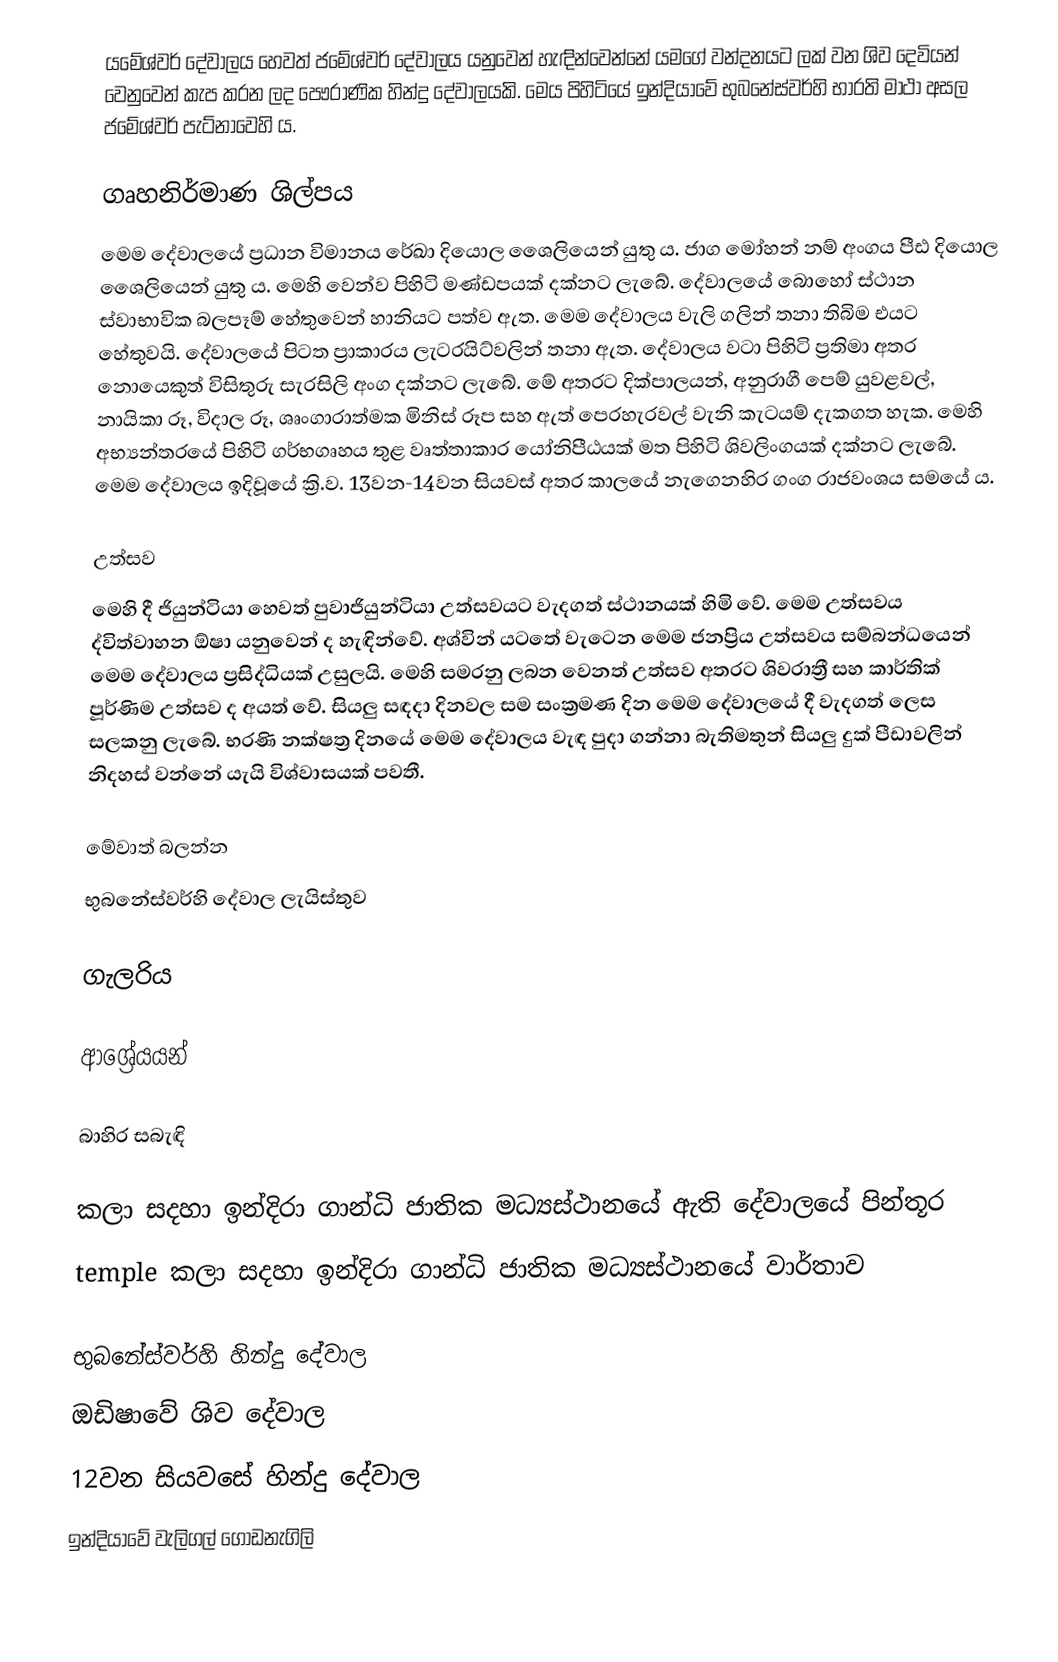
යමේශ්වර් දේවාලය හෙවත් ජමේශ්වර් දේවාලය යනුවෙන් හැඳින්වෙන්නේ යමගේ වන්දනයට ලක් වන ශිව දෙවියන් වෙනුවෙන් කැප කරන ලද පෞරාණික හින්දු දේවාලයකි.  මෙය පිහිටියේ ඉන්දියාවේ භුබනේස්වර්හි භාරති මාථා අසල ජමේශ්වර් පැට්නාවෙහි ය.

ගෘහනිර්මාණ ශිල්පය
මෙම දේවාලයේ ප්‍රධාන විමානය රේඛා දියොල ශෛලියෙන් යුතු ය. ජාග මෝහන් නම් අංගය පීඪ දියොල ශෛලියෙන් යුතු ය. මෙහි වෙන්ව පිහිටි මණ්ඩපයක් දක්නට ලැබේ. දේවාලයේ බොහෝ ස්ථාන ස්වාභාවික බලපෑම් හේතුවෙන් හානියට පත්ව ඇත. මෙම දේවාලය වැලි ගලින් තනා තිබිම එයට හේතුවයි. දේවාලයේ පිටත ප්‍රාකාරය ලැටරයිට්වලින් තනා ඇත. දේවාලය වටා පිහිටි ප්‍රතිමා අතර නොයෙකුත් විසිතුරු සැරසිලි අංග දක්නට ලැබේ. මේ අතරට දික්පාලයන්, අනුරාගී පෙම් යුවළවල්, නායිකා රූ, විදාල රූ, ශෘංගාරාත්මක මිනිස් රූප සහ ඇත් පෙරහැරවල් වැනි කැටයම් දැකගත හැක. මෙහි අභ්‍යන්තරයේ පිහිටි ගර්භගෘහය තුළ වෘත්තාකාර යෝනිපීඨයක් මත පිහිටි ශිවලිංගයක් දක්නට ලැබේ. මෙම දේවාලය ඉදිවූයේ ක්‍රි.ව. 13වන-14වන සියවස් අතර කාලයේ නැගෙනහිර ගංග රාජවංශය සමයේ ය.

උත්සව
මෙහි දී ජියුන්ටියා හෙවත් පුවාජියුන්ටියා උත්සවයට වැදගත් ස්ථානයක් හිමි වේ. මෙම උත්සවය ද්විත්වාහන ඕෂා යනුවෙන් ද හැඳින්වේ. අශ්වින් යටතේ වැටෙන මෙම ජනප්‍රිය උත්සවය සම්බන්ධයෙන් මෙම දේවාලය ප්‍රසිද්ධියක් උසුලයි. මෙහි සමරනු ලබන වෙනත් උත්සව අතරට ශිවරාත්‍රී සහ කාර්තික් පූර්ණිම උත්සව ද අයත් වේ. සියලු සඳදා දිනවල සම සංක්‍රමණ දින මෙම දේවාලයේ දී වැදගත් ලෙස සලකනු ලැබේ. භරණි නක්ෂත්‍ර දිනයේ මෙම දේවාලය වැඳ පුදා ගන්නා බැතිමතුන් සියලු දුක් පීඩාවලින් නිදහස් වන්නේ යැයි විශ්වාසයක් පවතී.

මේවාත් බලන්න
 භුබනේස්වර්හි දේවාල ලැයිස්තුව

ගැලරිය

ආශ්‍රේයයන්

බාහිර සබැඳි

 කලා සදහා ඉන්දිරා ගාන්ධි ජාතික මධ්‍යස්ථානයේ ඇති දේවාලයේ පින්තූර
 temple කලා සදහා ඉන්දිරා ගාන්ධි ජාතික මධ්‍යස්ථානයේ වාර්තාව

භුබනේස්වර්හි හින්දු දේවාල
ඔඩිෂාවේ ශිව දේවාල
12වන සියවසේ හින්දු දේවාල
ඉන්දියාවේ වැලිගල් ගොඩනැගිලි